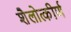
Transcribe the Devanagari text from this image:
शैलोत्कीर्ण